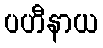
ပဟီနာယ